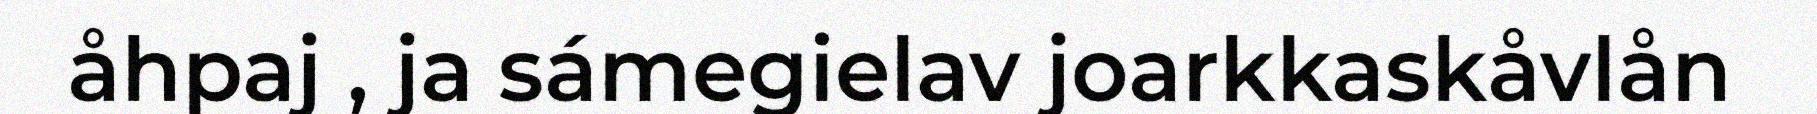
åhpaj , ja sámegielav joarkkaskåvlån